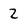
Character: 2